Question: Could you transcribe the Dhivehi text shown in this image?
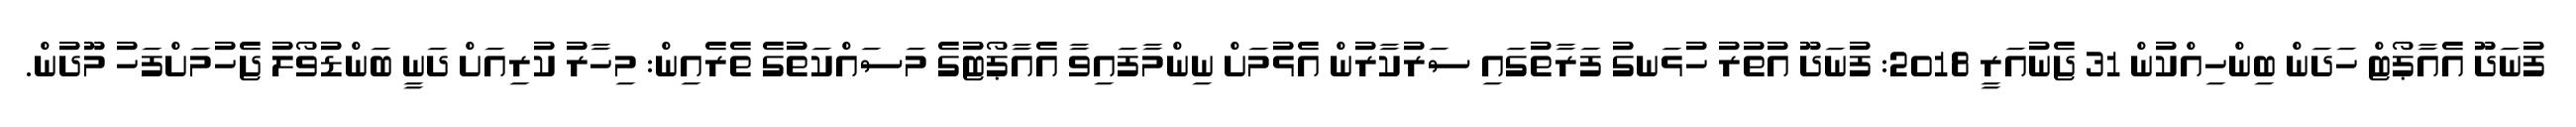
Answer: ފުނަދޫ އެއާޕޯޓް ހަދަން ބިންހިއްކުން 31 ޖެނުއަރީ 2018: ފުނަދޫ އުތުރު ހުޅަނގު ފަރާތުގައި ސަރުކާރުން އެޅުމަށް ނިންމާފައިވާ އެއާޕޯޓުގެ މަސައްކަތުގެ ތެރެއިން: މިހާރު ކުރިއަށް ދަނީ ބަންޑުވޯލު ޖެހުމަށްފަހު މޫދުން.